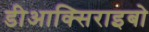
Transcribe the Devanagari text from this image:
डीआक्सिराइबो